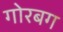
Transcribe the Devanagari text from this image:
गोरबग